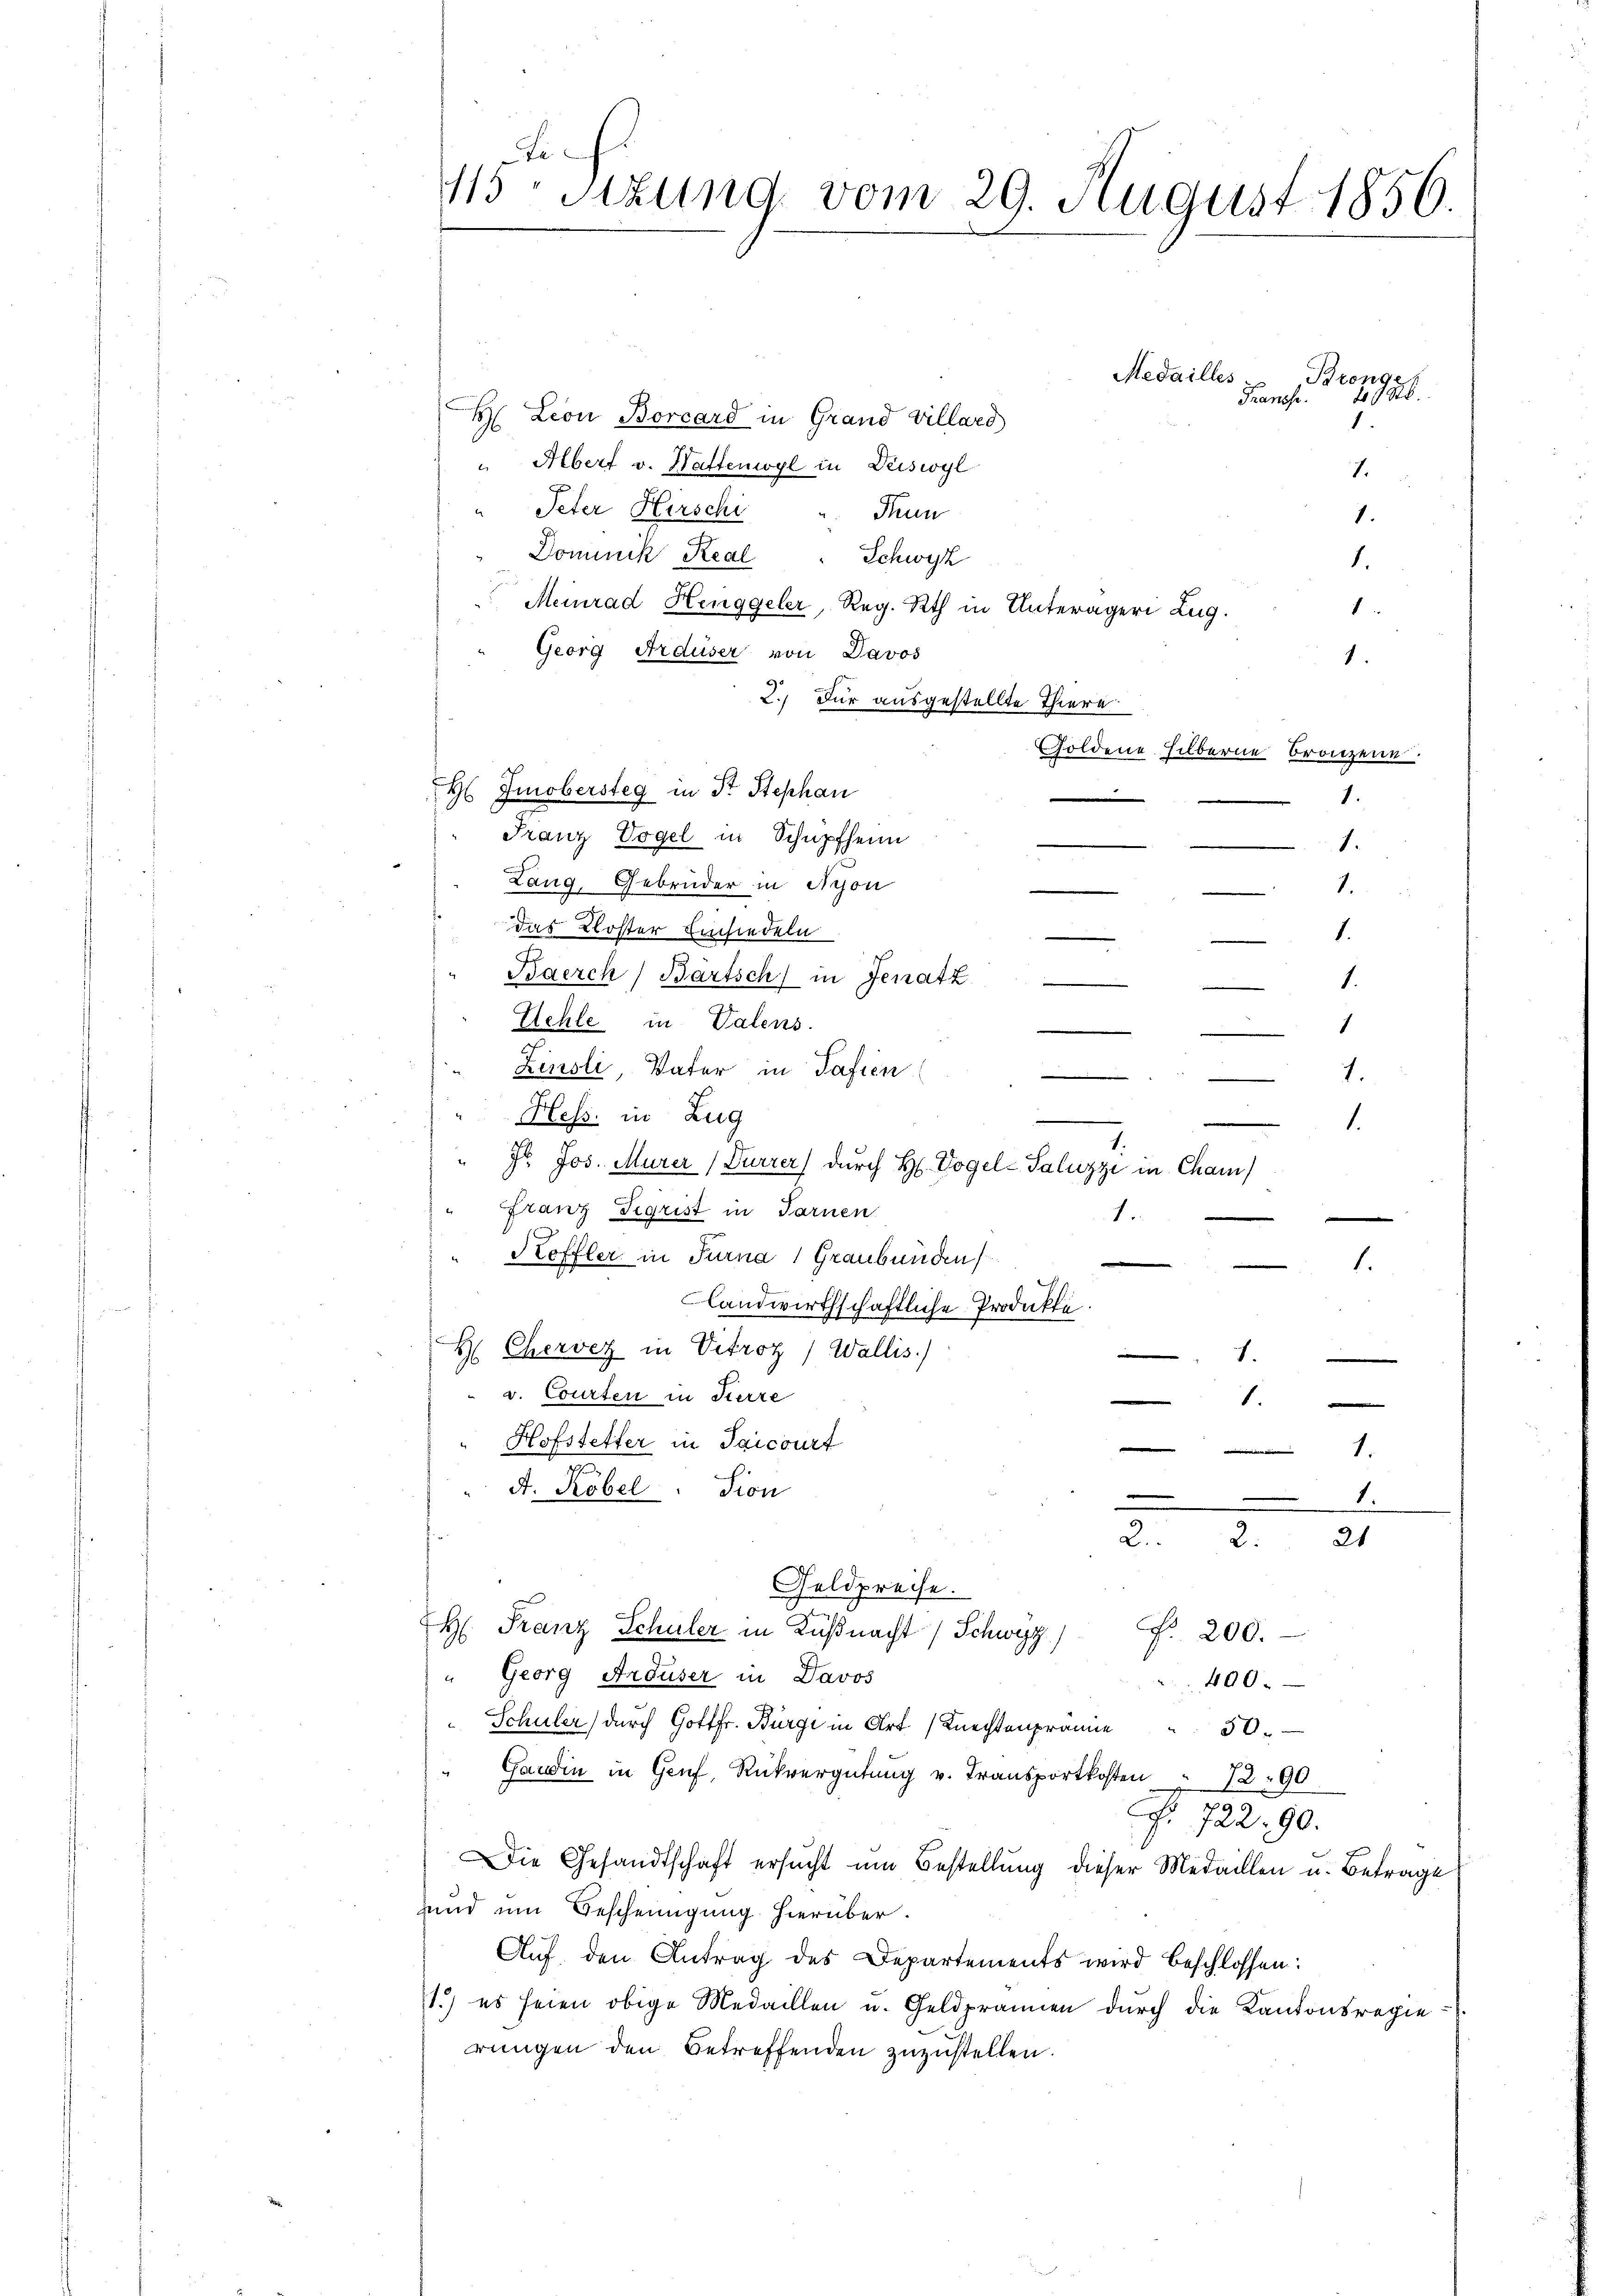
e
115 Stzung vom 29. August 1856.

Medailles
Bronge
Transp. 2988.
H. Leon Borcard in Grand Villard
" Albert v. Wattenwyl in Deiswyl
1.
Peter Hirschi
Trun
1.
Dominik Real " Schwyz
1.
Meinrad Henggeler, Reg. Rth in Unteräger Zug.
1
Georg Arduser von Davos
1.
2.) Für ausgestellte Thiere
Goldene silberne Bronzen.
H Iinobersteg in St. Stephan
Franz Vogel in Schüpfheim
1.
.
Lang, Gebrüder in Schon
1.
das Kloster Einsiedeln
1.
Baerch, Bartsch in Jenatz
.
Uehle in Valens.

Zinsli, Vater in Safien
1.
Hess. in Zug
e
1.
1.
gr. Jos. Murer (Durzer durch H. Vogel-Saluzzi in Cham
Franz Sigrist in Sarnen
1.
Köffler in Turna 1 Graubünden
1.
landwirthschaftliche Produkte
H Chervez in Vitroz) Wallis)
1
v. Courten in Fierze
.
.
e
Hofstetter in Saicourt
1.
A. Robel. Dion
.
.
2. 221
Geldpreise.
H: Franz Schüler in Küßnacht (Schwyz)
Fr. 200.
" Georg Arduser in Davos
400.
Schüler) durch Gottfr. Bürge in Art. Knechtenprämie " 50.
Gandin in Genf, Rückvergütung v. Transportkosten " 72 90
F. 722. 90.
Die Gesandtschaft ersucht um Bestellung dieser Medaillen u. Betrage
Hand um Bescheinigung hierüber.
Aŭf, den Antrag des Departements wird beschlossen:
1.) es seien obige Medaillen u. Geldprämien durch die Kantonsregie-
rungen den Betreffenden zuzustellen.

1.

1.